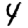
Digit: 4